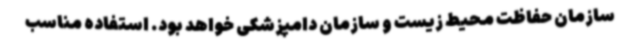
سازمان حفاظت محیط زیست و سازمان دامپزشکی خواهد بود. استفاده مناسب